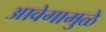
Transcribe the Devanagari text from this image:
आवेगामुळे